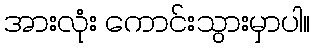
အားလုံး ကောင်းသွားမှာပါ။